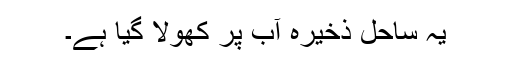
یہ ساحل ذخیرہ آب پر کھولا گیا ہے۔